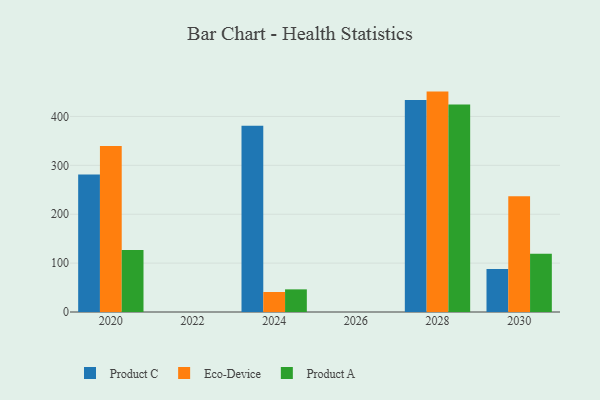
{"axis": {"x": "Year", "y": "Conversion Rate (%)"}, "legend": ["Eco-Device", "Product A", "Product C"], "data": [{"x": "2024", "y": 380.9, "type": "Product C"}, {"x": "2024", "y": 40.9, "type": "Eco-Device"}, {"x": "2024", "y": 46.3, "type": "Product A"}, {"x": "2028", "y": 433.8, "type": "Product C"}, {"x": "2028", "y": 450.8, "type": "Eco-Device"}, {"x": "2028", "y": 424.2, "type": "Product A"}, {"x": "2030", "y": 88.0, "type": "Product C"}, {"x": "2030", "y": 236.7, "type": "Eco-Device"}, {"x": "2030", "y": 119.3, "type": "Product A"}, {"x": "2020", "y": 281.0, "type": "Product C"}, {"x": "2020", "y": 339.4, "type": "Eco-Device"}, {"x": "2020", "y": 126.9, "type": "Product A"}]}